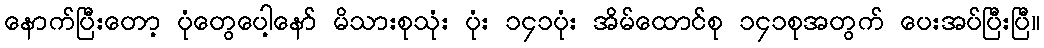
နောက်ပြီးတော့ ပုံတွေပေါ့နော် မိသားစုသုံး ပုံး ၁၄၁ပုံး အိမ်ထောင်စု ၁၄၁စုအတွက် ပေးအပ်ပြီးပြီ။